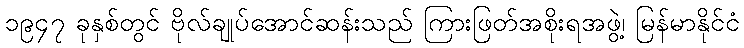
၁၉၄၇ ခုနှစ်တွင် ဗိုလ်ချုပ်အောင်ဆန်းသည် ကြားဖြတ်အစိုးရအဖွဲ့၊ မြန်မာနိုင်ငံ